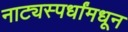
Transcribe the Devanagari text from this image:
नाट्यस्पर्धांमधून